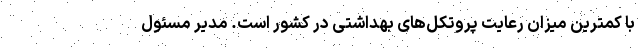
با کمترین میزان رعایت پروتکل‌های بهداشتی در کشور است. مدیر مسئول